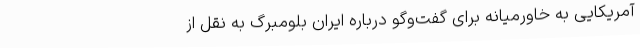
آمریکایی به خاورمیانه برای گفت‌وگو درباره ایران بلومبرگ به نقل از